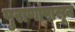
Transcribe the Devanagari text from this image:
पुराणांपासून